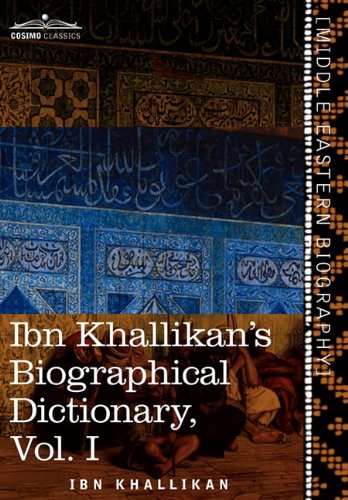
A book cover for Ibn Khallikan's Biographical Dictionary, Vol. I (in 4 Volumes); Ibn Khallikan; Literature & Fiction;